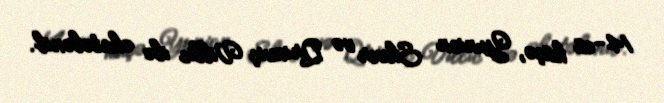
14-cü küçə, Yunion Skver və Qrinviç Villic ilə əhatələnib.